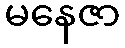
မနေဇာ